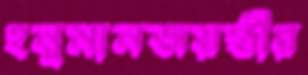
হনুমানজয়ন্তীর